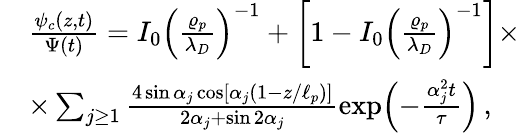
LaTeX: \begin{array}{rl}&{\frac{\psi_{c}(z,t)}{\Psi(t)}=I_{0}\left(\frac{\varrho_{p}}{\lambda_{D}}\right)^{-1}+\left[1-I_{0}\left(\frac{\varrho_{p}}{\lambda_{D}}\right)^{-1}\right]\times}\\ &{\times\sum_{j\ge 1}\frac{4\sin\alpha_{j}\cos\left[\alpha_{j}\left(1-z/\ell_{p}\right)\right]}{2\alpha_{j}+\sin 2\alpha_{j}}\exp{\! \left(-\frac{\alpha_{j}^{2}t}{\tau}\right)}\, ,}\end{array}